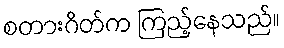
စတားဂိတ်က ကြည့်နေသည်။